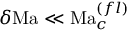
\delta \mathrm { M a } \ll \mathrm { M a } _ { c } ^ { ( f l ) }